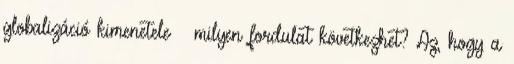
globalizáció kimenetele – milyen fordulat következhet? Az, hogy a